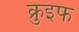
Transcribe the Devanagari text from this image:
क्रुइफ